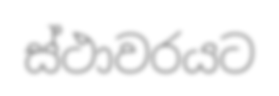
ස්ථාවරයට